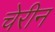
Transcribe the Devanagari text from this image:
चेरीन